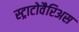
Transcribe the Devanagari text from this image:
स्ट्राटोवैरिअस